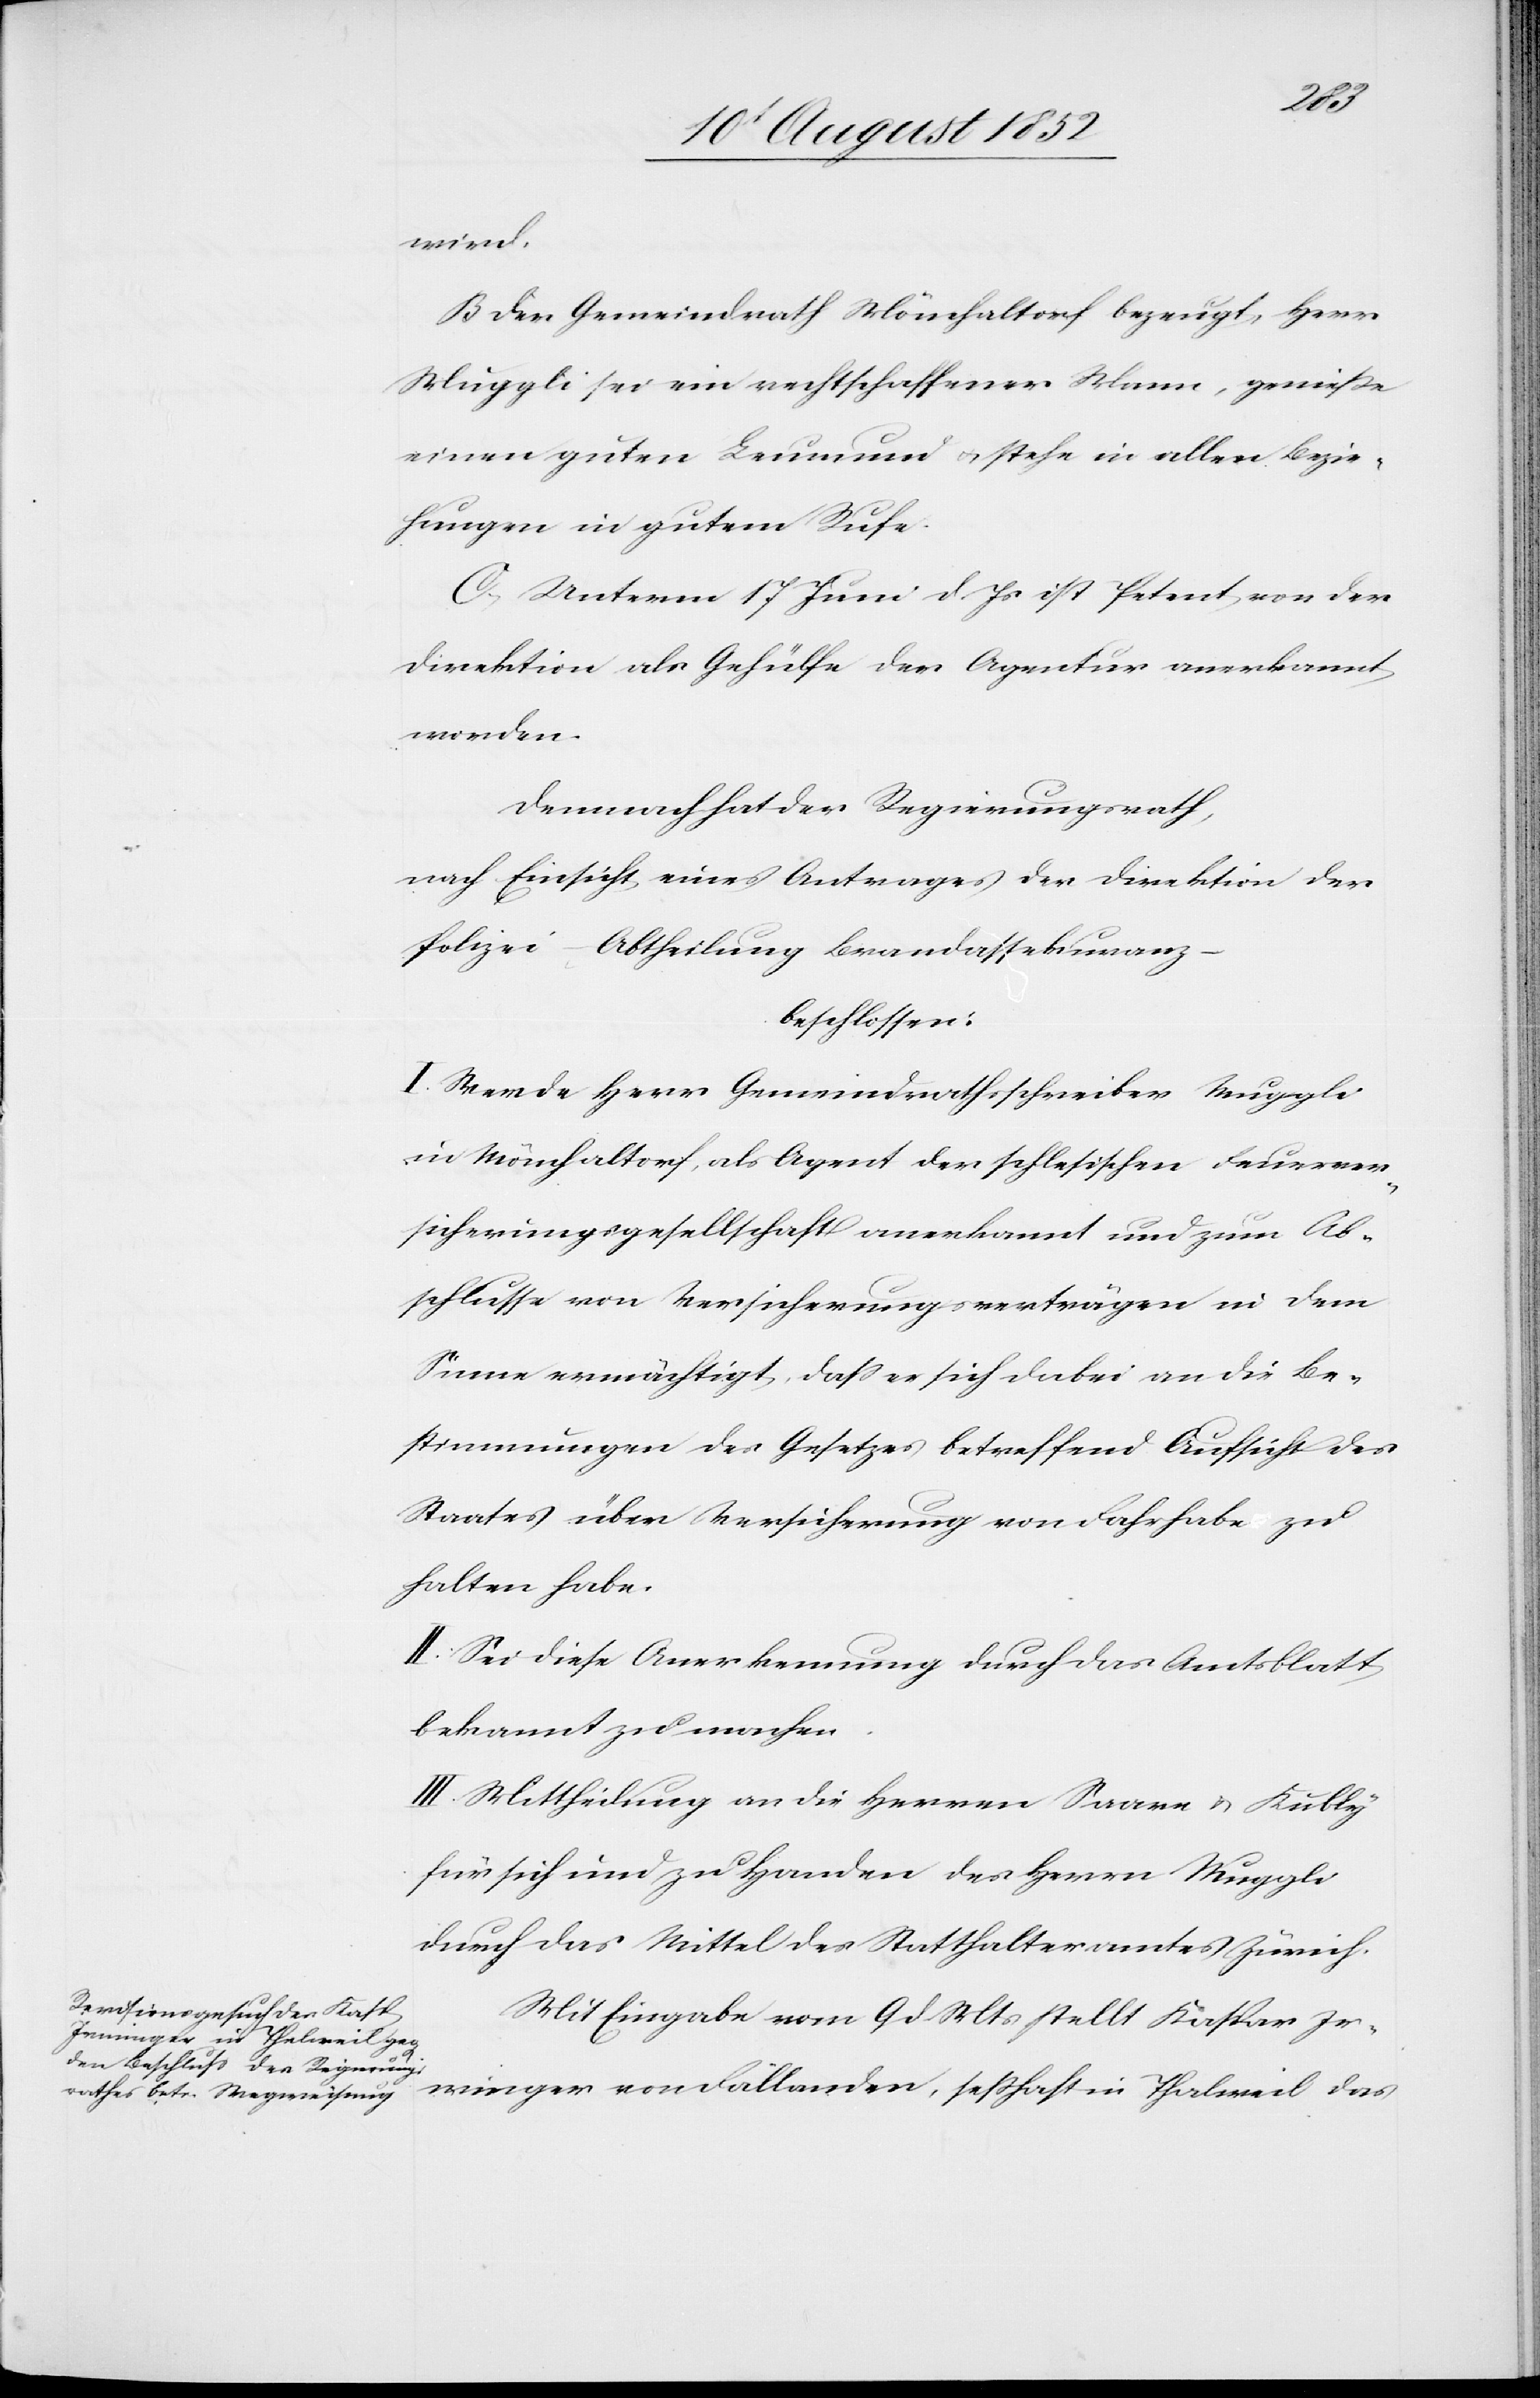
wird.
B Der Gemeindrath Mönchaltorf bezeugt, Herr
Muggli sei ein rechtschaffener Mann, genieße
einen guten Leumund & stehe in allen Bezie¬
hungen in gutem Rufe.
C, Unterm 17 Juni d. Js ist Petent von der
Direktion als Gehülfe der Agentur anerkannt
worden.
Demnach hat der Regierungsrath,
nach Einsicht eines Antrages der Direktion der
Polizei – Abtheilung Brandassekuranz
beschlossen:
I. Werde Herr Gemeindrathsschreiber Muggli
in Mönchaltorf, als Agent der schlesischen Feuerver¬
sicherungsgesellschaft anerkannt und zum Ab¬
schlusse von Versicherungsverträgen in dem
Sinne ermächtigt, dass er sich dabei an die Be¬
stimmungen des Gesetzes betreffend Aufsicht des
Staates über Versicherung von Fahrhabe zu
halten habe.
II. Sei diese Anerkennung durch das Amtsblatt
bekannt zu machen.
III. Mittheilung an die Herren Saare & Kubly
für sich und zu Handen des Herrn Muggli
durch das Mittel des Statthalteramtes Zürich.
Mit Eingabe vom 9 d. Mts stellt Kaspar Ir¬
minger von Fällanden, seßhaft in Thalweil das